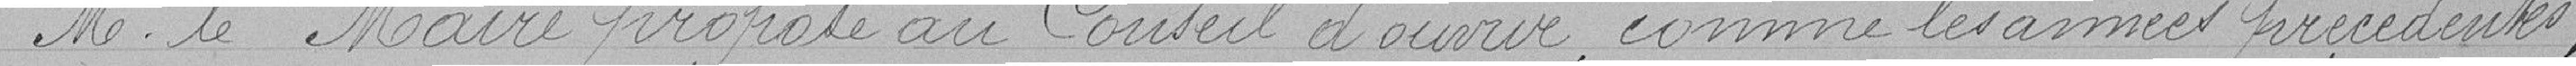
Monsieur le Maire propose au Conseil d'ouvrir, comme les années précédentes,